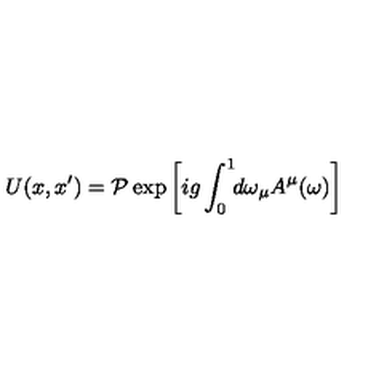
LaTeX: U ( x , x ^ { \prime } ) = { \cal P } \exp \left[ i g \int _ { 0 } ^ { 1 } \! \! d \omega _ { \mu } A ^ { \mu } ( \omega ) \right]